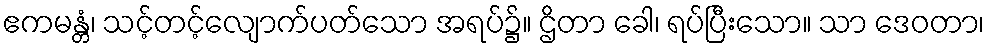
ဧကမန္တံ၊ သင့်တင့်လျောက်ပတ်သော အရပ်၌။ ဌိတာ ခေါ၊ ရပ်ပြီးသော။ သာ ဒေဝတာ၊